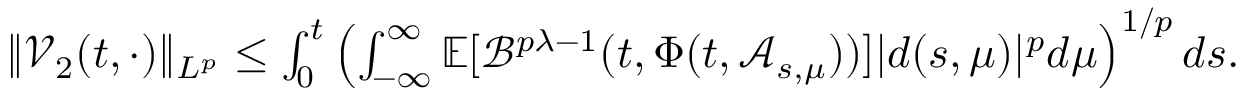
\begin{array} { r } { \| \mathcal { V } _ { 2 } ( t , \cdot ) \| _ { L ^ { p } } \leq \int _ { 0 } ^ { t } \left( \int _ { - \infty } ^ { \infty } \mathbb { E } [ \mathcal { B } ^ { p \lambda - 1 } ( t , \Phi ( t , \mathcal { A } _ { s , \mu } ) ) ] | d ( s , \mu ) | ^ { p } d \mu \right) ^ { 1 / p } d s . } \end{array}